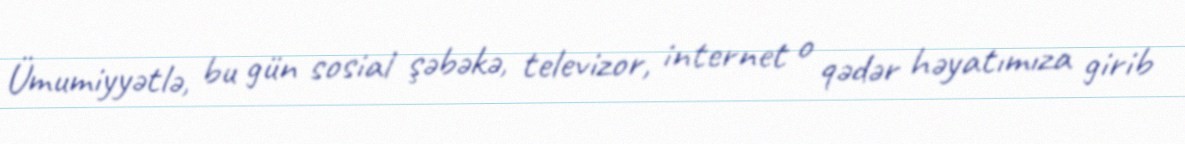
Ümumiyyətlə, bu gün sosial şəbəkə, televizor, internet o qədər həyatımıza girib